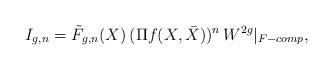
LaTeX: \begin{align*}I_{g,n} = \tilde{F}_{g,n}(X)\, (\Pi f(X,\bar{X}))^n \,W^{2g}|_{F-comp} ,\end{align*}